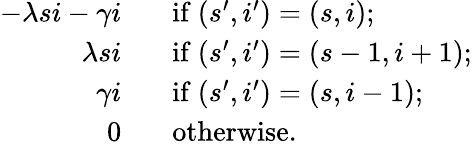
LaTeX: \begin{array}{rl}{-\lambda si-\gamma i\; \; }&{\mathrm{~if~}(s^{\prime},i^{\prime})=(s,i);}\\ {\lambda si\; \; }&{\mathrm{~if~}(s^{\prime},i^{\prime})=(s-1,i+1);}\\ {\gamma i\; \; }&{\mathrm{~if~}(s^{\prime},i^{\prime})=(s,i-1);}\\ {0\; \; }&{\mathrm{~otherwise.}}\end{array}